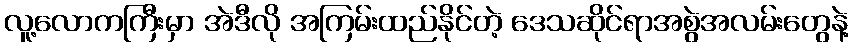
လူ့လောကကြီးမှာ အဲဒီလို အကြမ်းထည်နိုင်တဲ့ ဒေသဆိုင်ရာအစွဲအလမ်းတွေနဲ့